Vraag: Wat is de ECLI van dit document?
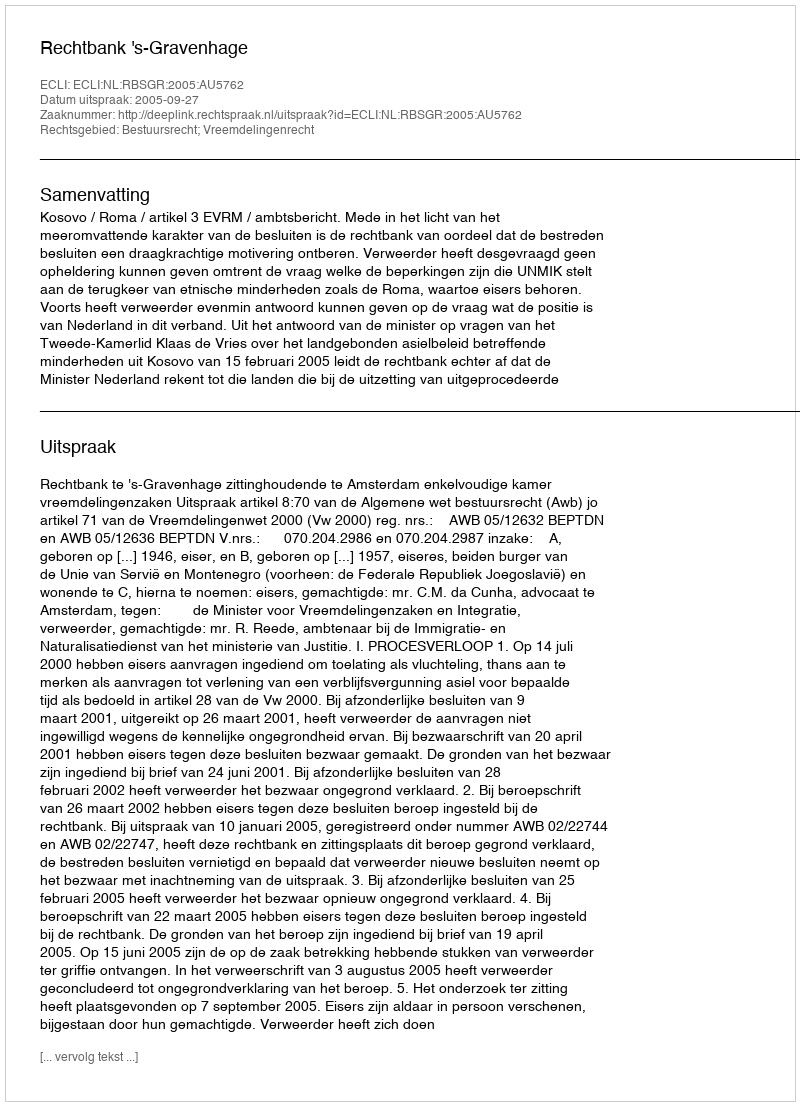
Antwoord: ECLI:NL:RBSGR:2005:AU5762